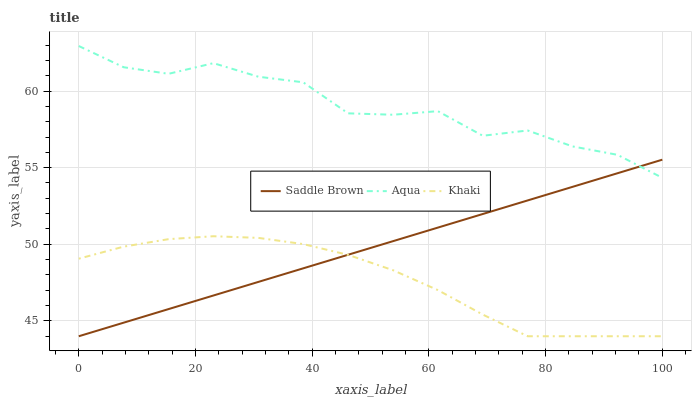
| xaxis_label | Saddle Brown | Aqua | Khaki |
 | --- | --- | --- | --- |
 | 0 | 44 | 62.9 | 49.1 |
 | 7.69 | 44.9 | 61.6 | 49.8 |
 | 15.4 | 45.8 | 61.1 | 50.3 |
 | 23.1 | 46.7 | 61.8 | 50.5 |
 | 30.8 | 47.5 | 60.9 | 50.4 |
 | 38.5 | 48.4 | 60.6 | 50 |
 | 46.2 | 49.3 | 58.5 | 49.3 |
 | 53.8 | 50.2 | 58.5 | 48.3 |
 | 61.5 | 51.1 | 58.7 | 47 |
 | 69.2 | 52 | 57.1 | 45.4 |
 | 76.9 | 52.9 | 57.4 | 44 |
 | 84.6 | 53.7 | 56.4 | 44 |
 | 92.3 | 54.6 | 55.8 | 44 |
 | 100 | 55.5 | 54.3 | 44 |